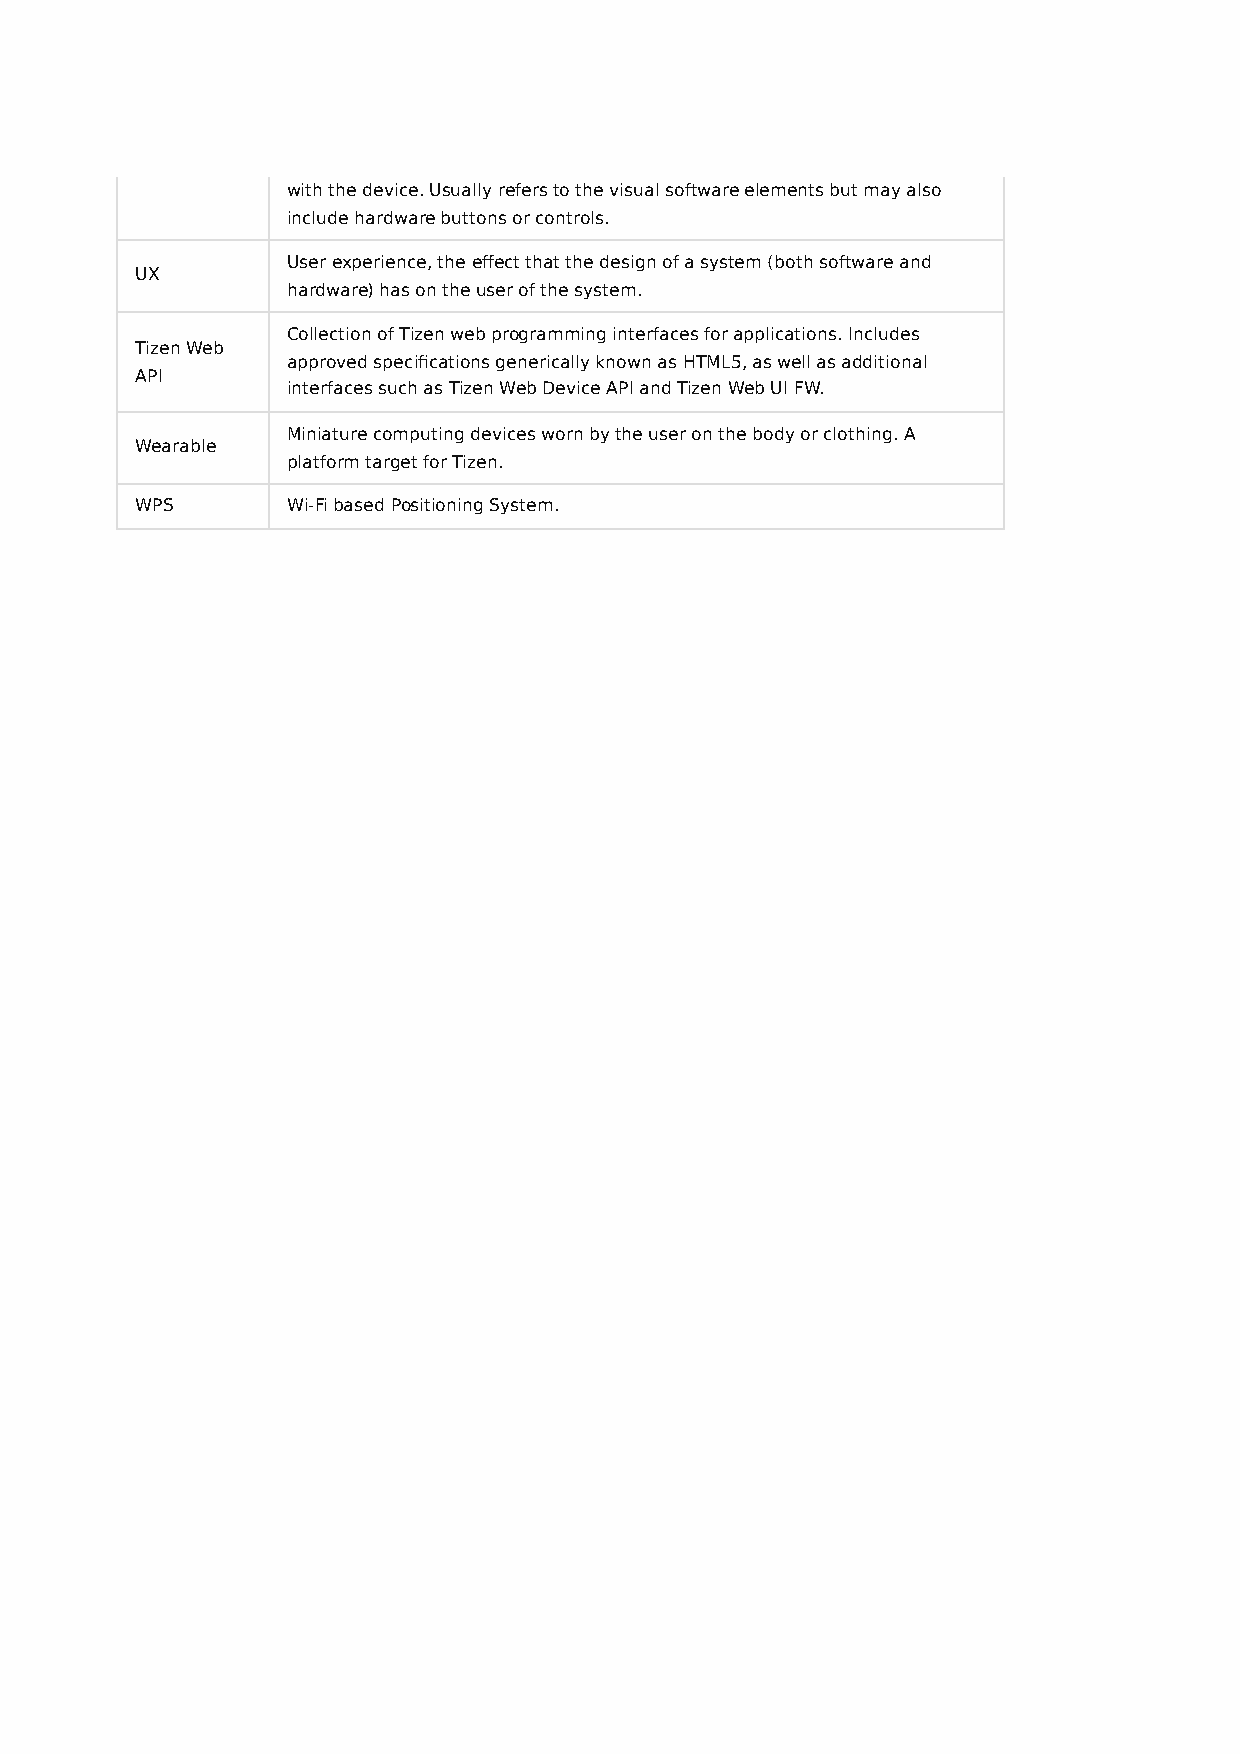
with the device. Usually refers to the visual software elements but may also
 include hardware buttons or controls.
 User experience, the effect that the design of a system (both software and
 UX
 hardware) has on the user of the system.
 Collection of Tizen web programming interfaces for applications. Includes
 Tizen Web
 approved specifications generically known as HTML5, as well as additional
 API
 interfaces such as Tizen Web Device API and Tizen Web UI FW.
 Miniature computing devices worn by the user on the body or clothing. A
 Wearable
 platform target for Tizen.
 WPS       Wi-Fi based Positioning System.